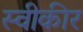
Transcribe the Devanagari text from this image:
स्वीकीर